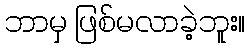
ဘာမှ ဖြစ်မလာခဲ့ဘူး။